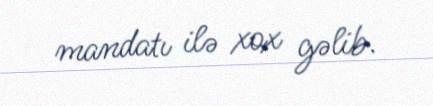
mandatı ilə xox gəlib.